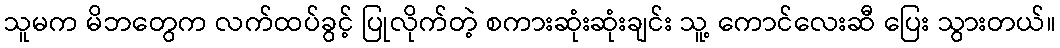
သူမက မိဘတွေက လက်ထပ်ခွင့် ပြုလိုက်တဲ့ စကားဆုံးဆုံးချင်း သူ့ ကောင်လေးဆီ ပြေး သွားတယ်။